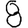
Digit: 8